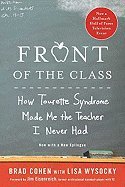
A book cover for Front of the Class How Tourette Syndrome Made Me the Teacher I Never Had (Paperback, 2008); Health, Fitness & Dieting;